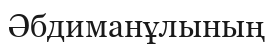
Әбдиманұлының